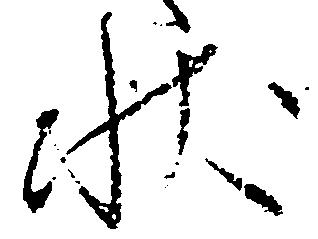
状